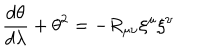
\frac { d \theta } { d \lambda } + \theta ^ { 2 } = - R _ { \mu \nu } { \xi } ^ { \mu } { \xi } ^ { \nu }